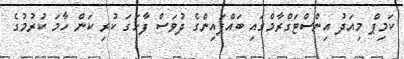
ކަމިޕް މިއަދު އިންސްޓަގްރާމްގައި ބައްޕައިންގެ ދުވަސް ފާހަގަ ކުރި ކަން ހާމަ ކުރުމުގެ